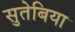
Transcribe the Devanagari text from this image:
सुतेबिया